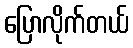
ပြောလိုက်တယ်